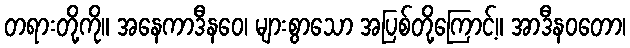
တရားတို့ကို။ အနေကာဒီနဝေ၊ များစွာသော အပြစ်တို့ကြောင့်။ အာဒီနဝတော၊